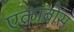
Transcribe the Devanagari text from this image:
एक्राबोस